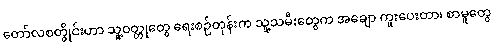
တော်လစတွိုင်းဟာ သူ့ဝတ္တုတွေ ရေးစဉ်တုန်းက သူ့သမီးတွေက အချော ကူးပေးတာ၊ စာမူတွေ